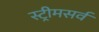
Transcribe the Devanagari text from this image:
स्ट्रीमसर्व